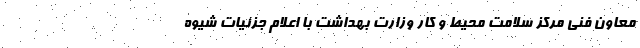
معاون فنی مرکز سلامت محیط و کار وزارت بهداشت با اعلام جزئیات شیوه